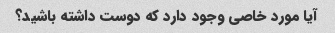
آیا مورد خاصی وجود دارد که دوست داشته باشید؟